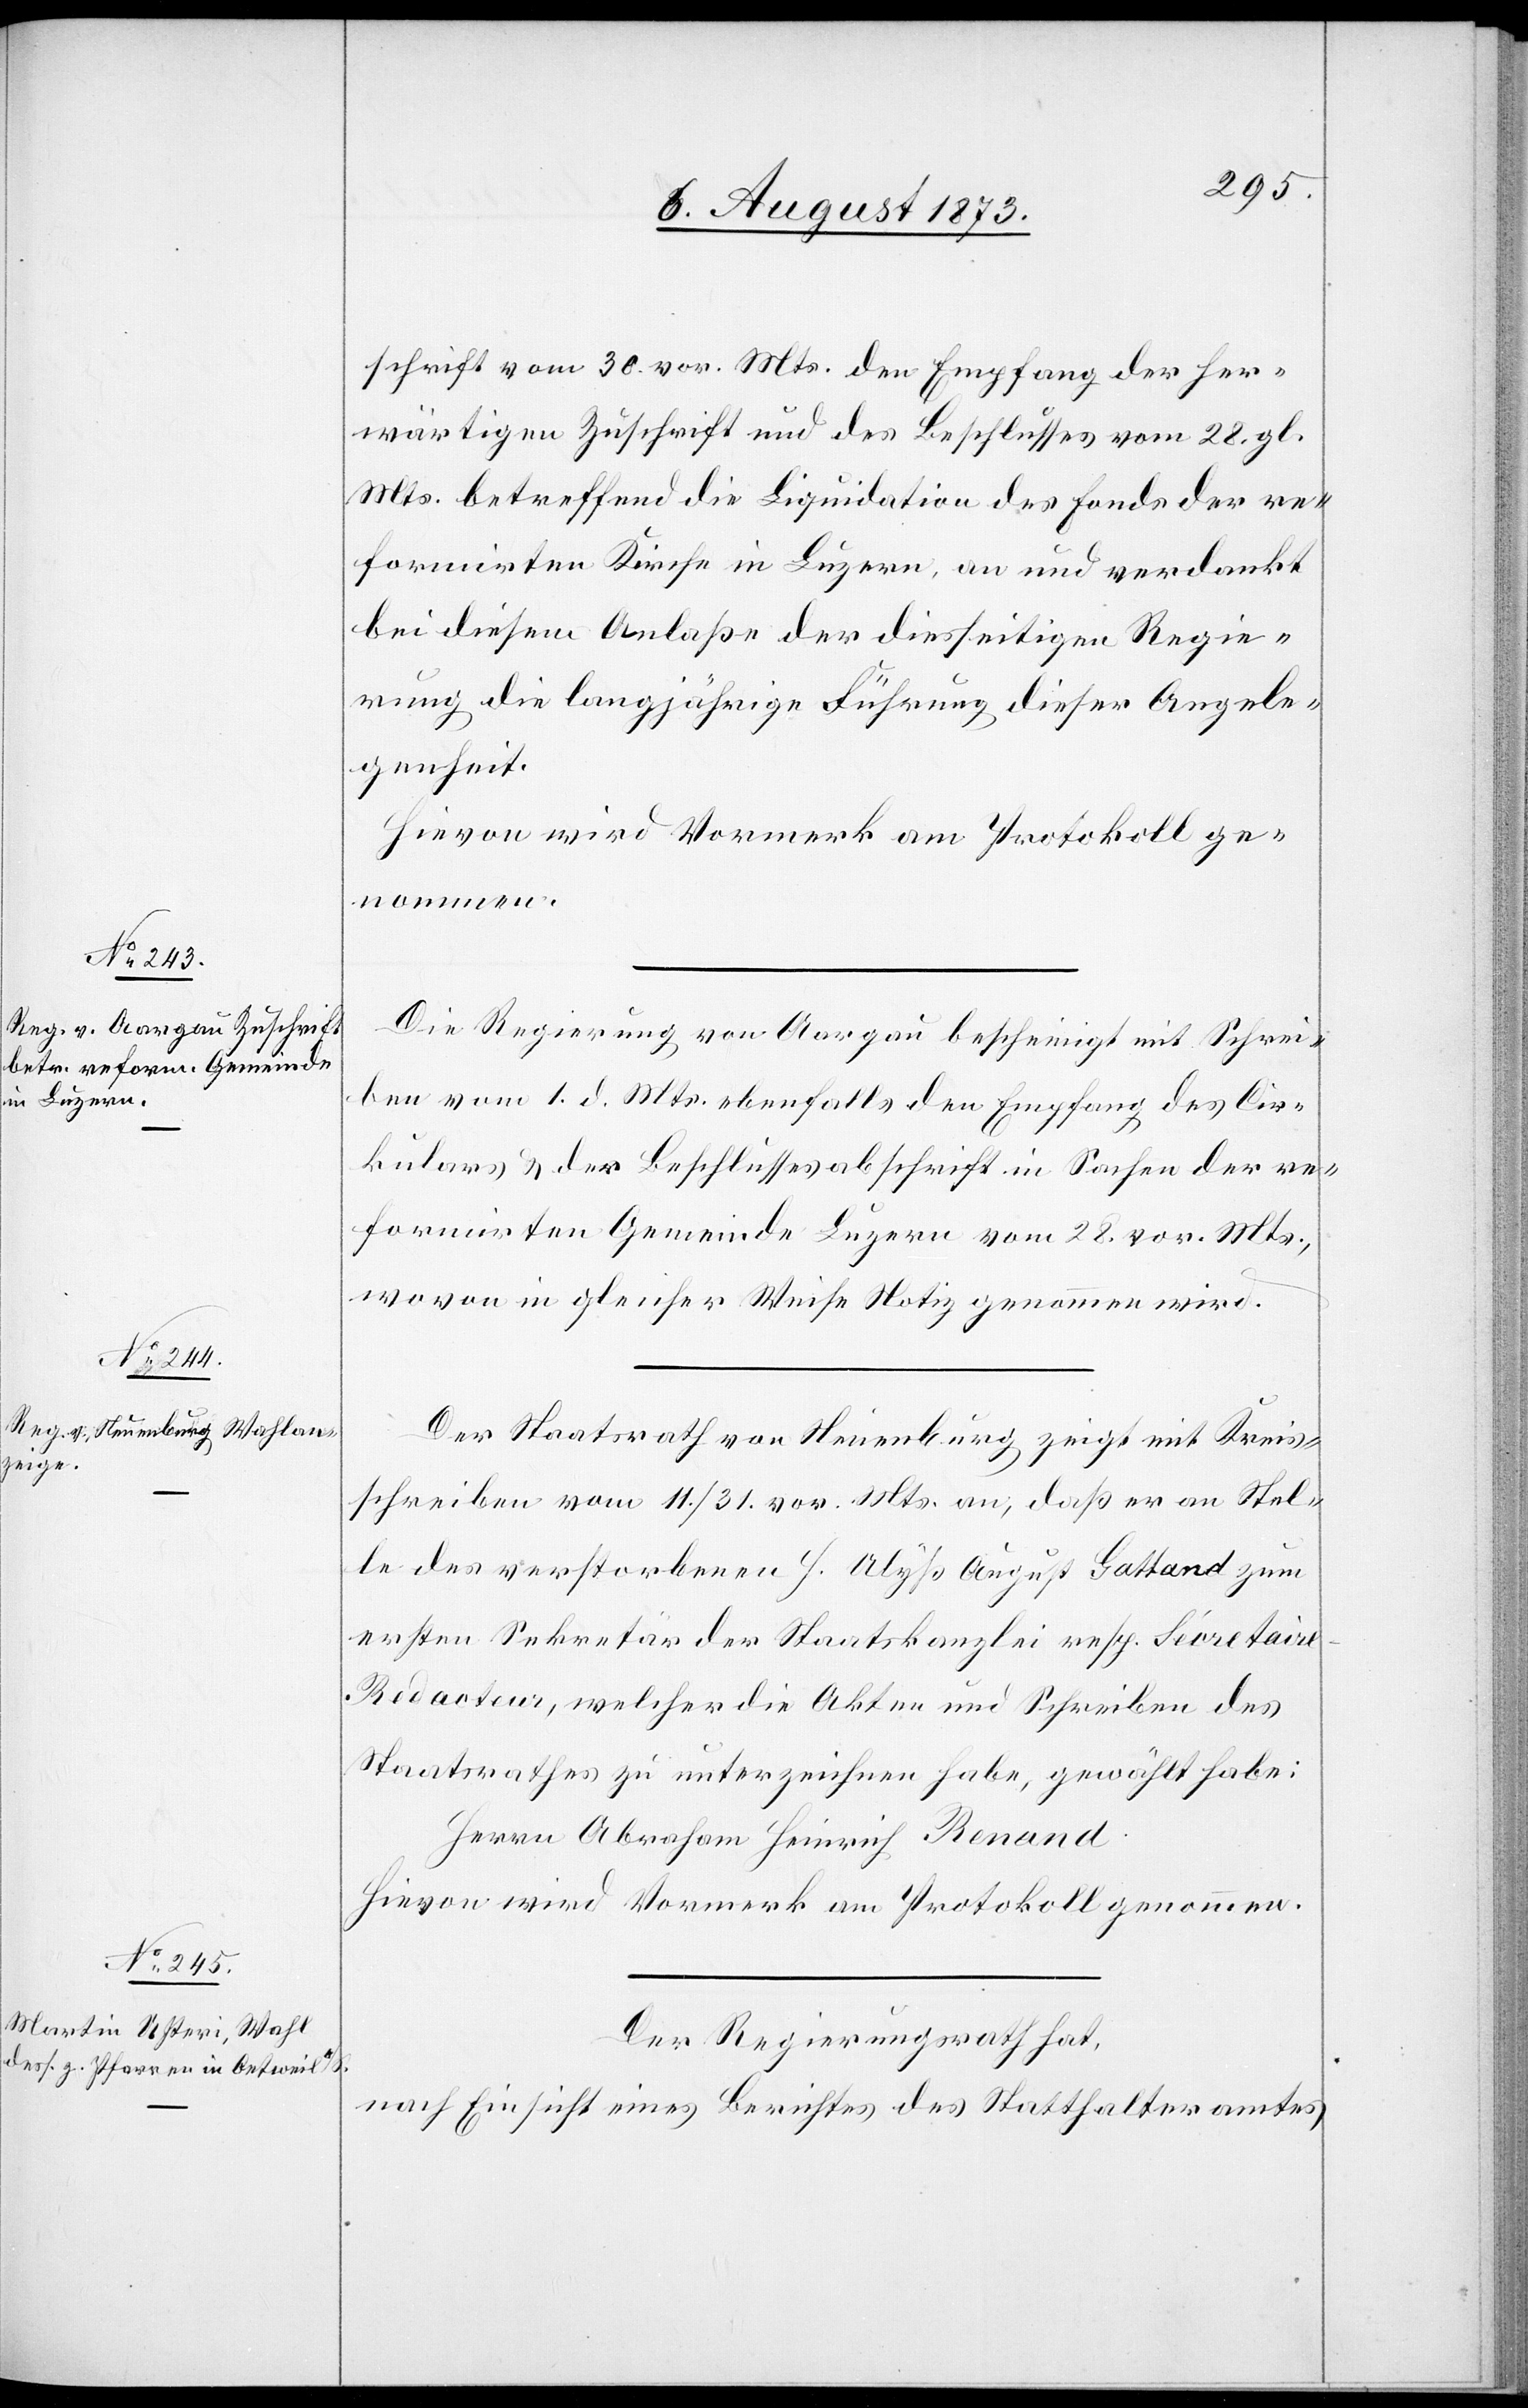
schrift vom 30. vor. Mts. den Empfang der her¬
wärtigen Zuschrift und des Beschlusses vom 28. gl.
Mts. betreffend die Liquidation des Fonds der re¬
formirten Kirche in Luzern, an und verdankt
bei diesem Anlaße der diesseitigen Regie¬
rung die langjährige Führung dieser Angele¬
genheit.
Die Regierung von Aargau bescheinigt mit Schrei¬
ben vom 1. d. Mts. ebenfalls den Empfang des Cir¬
kulars & der Beschlussesabschrift in Sachen der re¬
formirten Gemeinde Luzern vom 28. vor. Mts.,
wovon in gleicher Weise Notiz genommen wird.
Der Staatsrath von Neuenburg zeigt mit Kreis¬
schreiben vom 11./31. vor. Mts. an, daß er an Stel¬
le des verstorbenen H. Alyß August Gattand zum
ersten Sekretär der Staatskanzlei resp. Sécretair¬
e-Redacteur, welcher die Akten und Schreiben des
Staatsrathes zu unterzeichnen habe, gewählt habe:
Herrn Abraham Heinrich Renand.
Hievon wird Vormerk am Protokoll genommen.
Der Regierungsrath hat,
nach Einsicht eines Berichtes des Statthalteramtes